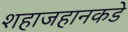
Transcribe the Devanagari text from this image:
शहाजहानकडे